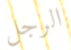
الرجل